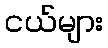
ငယ်များ